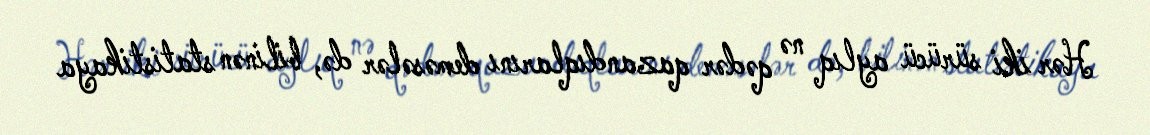
Hər iki sürücü aylıq nə qədər qazandıqlarını deməsələr də, bilinən statistikaya